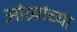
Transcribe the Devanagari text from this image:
आंग्र्यांच्या